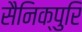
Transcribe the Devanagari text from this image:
सैनिक्पुरि